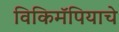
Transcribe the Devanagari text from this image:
विकिमॅपियाचे